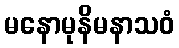
မနောမုနိမနာသဝံ